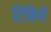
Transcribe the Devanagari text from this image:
टिकिये